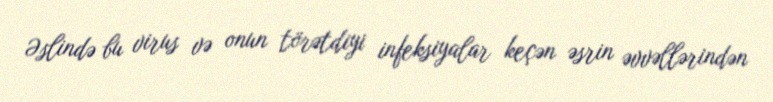
Əslində bu virus və onun törətdiyi infeksiyalar keçən əsrin əvvəllərindən